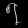
Digit: ၇